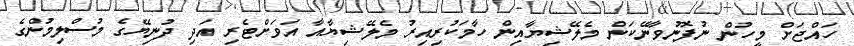
ހައްޖަށް މީހުން ނުފޮނުވާނޭކަން މެލޭޝިޔާއިން ހާމަކުރިއިރު މެލޭޝިޔާއާ އަވަށްޓެރި އަދި ދުނިޔޭގެ މުސްލިމުންގެ